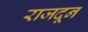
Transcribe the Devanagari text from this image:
राजदून